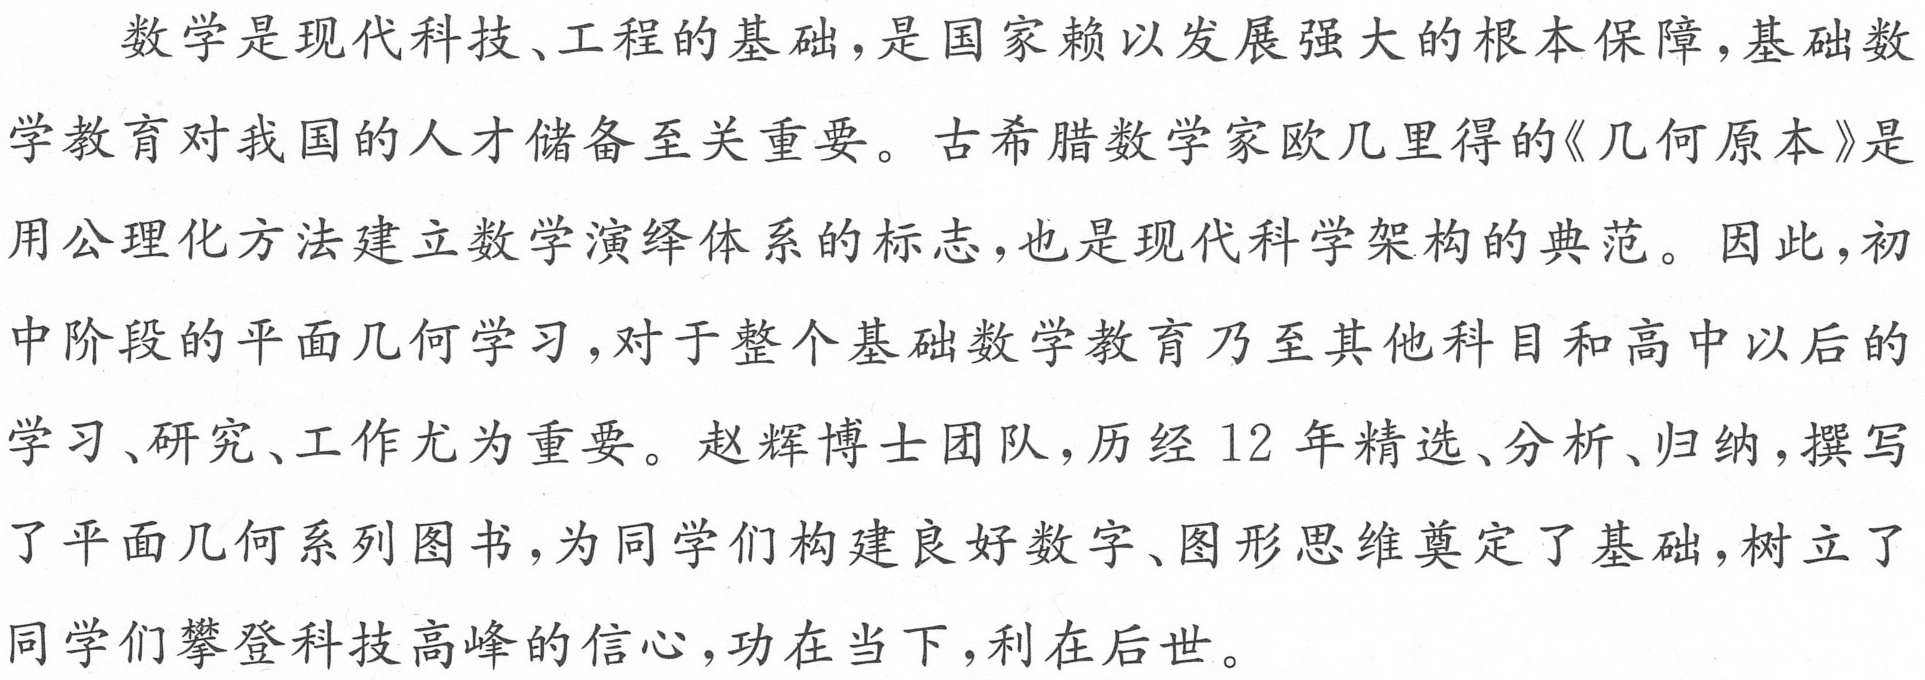
数学是现代科技、工程的基础，是国家赖以发展强大的根本保障，基础数
学教育对我国的人才储备至关重要。古希腊数学家欧几里得的《几何原本》是
用公理化方法建立数学演绎体系的标志，也是现代科学架构的典范。因此，初
中阶段的平面几何学习，对于整个基础数学教育乃至其他科目和高中以后的
学习、研究、工作尤为重要。赵辉博士团队，历经12年精选、分析、归纳，撰写
了平面几何系列图书，为同学们构建良好数字、图形思维奠定了基础，树立了
同学们攀登科技高峰的信心，功在当下，利在后世。